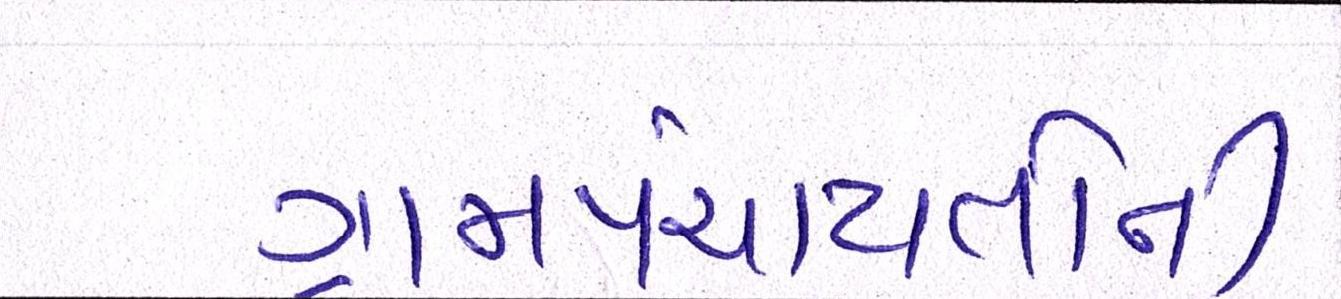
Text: ગ્રામપંચાયતોની